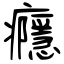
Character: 癮